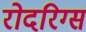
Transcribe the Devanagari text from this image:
रोदरिग्स